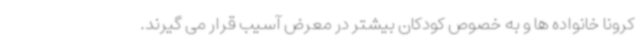
کرونا خانواده ها و به خصوص کودکان بیشتر در معرض آسیب قرار می گیرند.